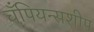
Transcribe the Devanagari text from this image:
चँपियन्सशीप